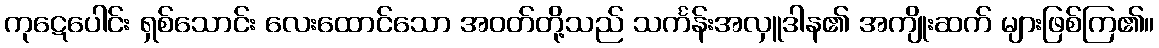
ကုဋေပေါင်း ရှစ်သောင်း လေးထောင်သော အဝတ်တို့သည် သင်္ကန်းအလှူဒါန၏ အကျိုးဆက် များဖြစ်ကြ၏။